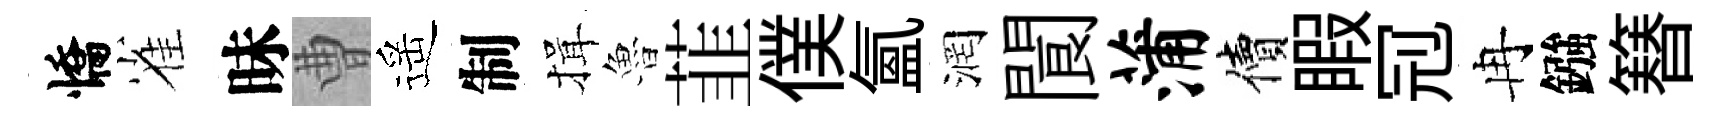
憍雀昧曹遥制揖魯韮僕氳润閬蒲價睱𠜍冉鏹簮